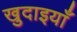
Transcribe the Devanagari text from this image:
खुदाइयाँ